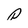
Character: P